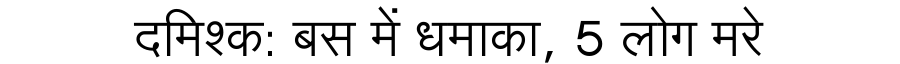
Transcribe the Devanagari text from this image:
दमिश्क: बस में धमाका, 5 लोग मरे